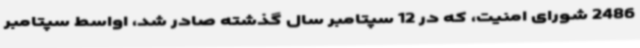
2486 شورای امنیت، که در 12 سپتامبر سال گذشته صادر شد، اواسط سپتامبر